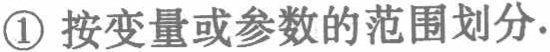
\textcircled{1} 按变量或参数的范围划分.